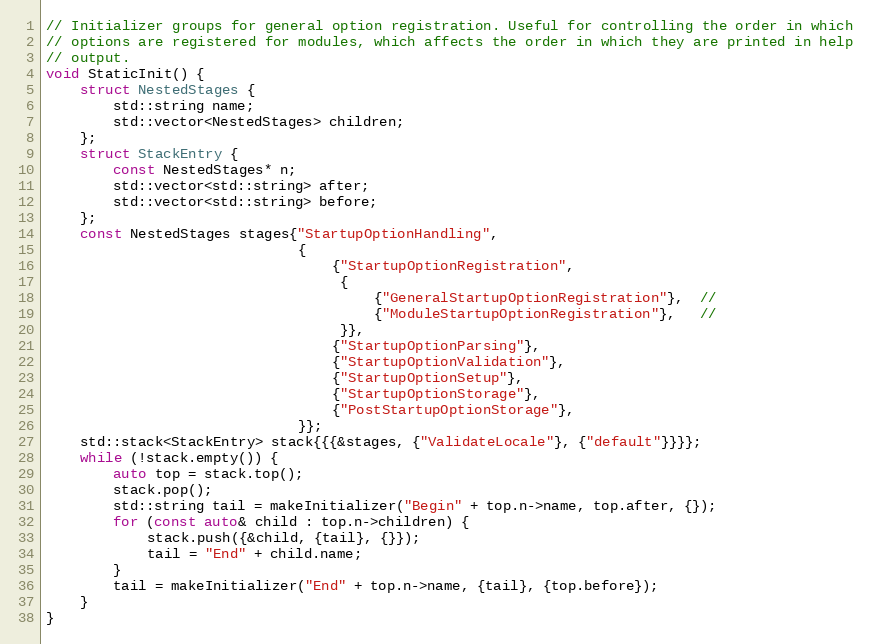
Language: C++
// Initializer groups for general option registration. Useful for controlling the order in which
// options are registered for modules, which affects the order in which they are printed in help
// output.
void StaticInit() {
    struct NestedStages {
        std::string name;
        std::vector<NestedStages> children;
    };
    struct StackEntry {
        const NestedStages* n;
        std::vector<std::string> after;
        std::vector<std::string> before;
    };
    const NestedStages stages{"StartupOptionHandling",
                              {
                                  {"StartupOptionRegistration",
                                   {
                                       {"GeneralStartupOptionRegistration"},  //
                                       {"ModuleStartupOptionRegistration"},   //
                                   }},
                                  {"StartupOptionParsing"},
                                  {"StartupOptionValidation"},
                                  {"StartupOptionSetup"},
                                  {"StartupOptionStorage"},
                                  {"PostStartupOptionStorage"},
                              }};
    std::stack<StackEntry> stack{{{&stages, {"ValidateLocale"}, {"default"}}}};
    while (!stack.empty()) {
        auto top = stack.top();
        stack.pop();
        std::string tail = makeInitializer("Begin" + top.n->name, top.after, {});
        for (const auto& child : top.n->children) {
            stack.push({&child, {tail}, {}});
            tail = "End" + child.name;
        }
        tail = makeInitializer("End" + top.n->name, {tail}, {top.before});
    }
}